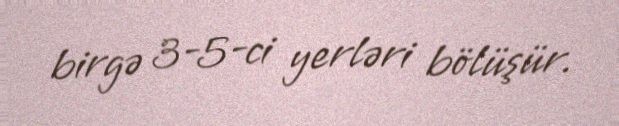
birgə 3-5-ci yerləri bölüşür.